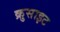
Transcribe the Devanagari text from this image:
क्रुसाइट